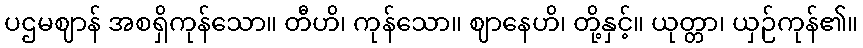
ပဌမဈာန် အစရှိကုန်သော။ တီဟိ၊ ကုန်သော။ ဈာနေဟိ၊ တို့နှင့်။ ယုတ္တာ၊ ယှဉ်ကုန်၏။